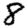
Digit: 8